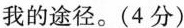
我的途径。(4分)